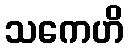
သကေဟိ